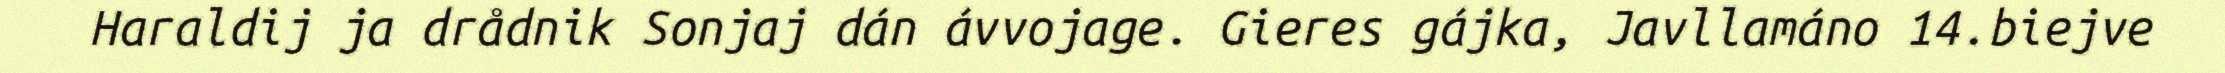
Haraldij ja drådnik Sonjaj dán ávvojage. Gieres gájka, Javllamáno 14.biejve